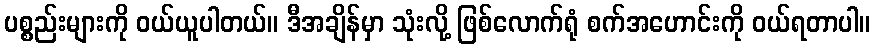
ပစ္စည်းများကို ဝယ်ယူပါတယ်။ ဒီအချိန်မှာ သုံးလို့ ဖြစ်လောက်ရုံ စက်အဟောင်းကို ဝယ်ရတာပါ။